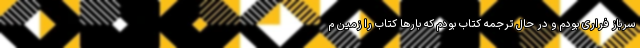
سرباز فراری بودم و در حال ترجمه کتاب بودم که بارها کتاب را زمین م